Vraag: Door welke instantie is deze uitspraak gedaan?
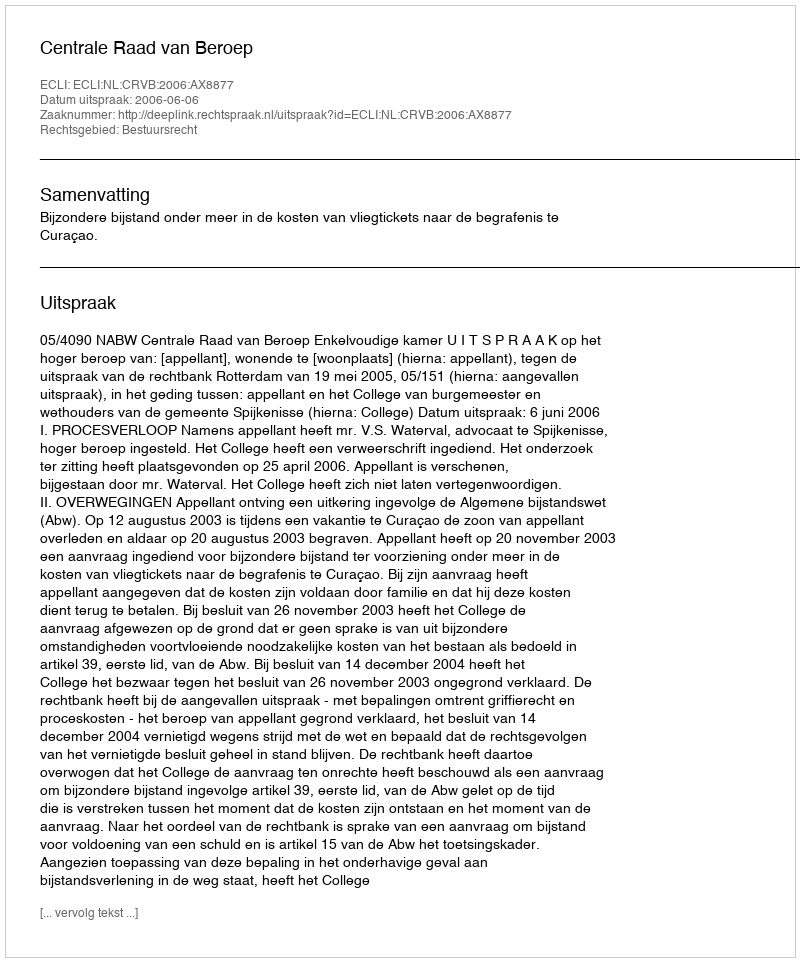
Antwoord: Centrale Raad van Beroep